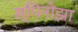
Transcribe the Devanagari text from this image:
स्पिनोझा